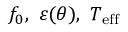
f _ { 0 } , \ \varepsilon ( \theta ) , \ T _ { \mathrm { e f f } }